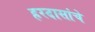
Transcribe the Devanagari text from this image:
हरदासांचे